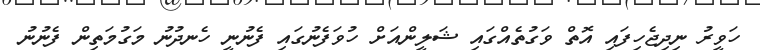
ހަވީރު ނިދިޖެހިފައި އޮތް ވަގުތެއްގައި ޝަލީންއަށް ހުވަފެނުގައި ފެނުނީ ހެނދުނު މަގުމަތިން ފެނުނު